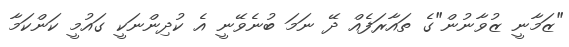
"ޒަމާނީ ޒުވާނުން"ގެ ތައާރަފެއް ދޭ ނަމަ ބުނެވޭނީ އެ ކުދިންނަކީ ގައުމީ ކަންކަމާ